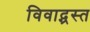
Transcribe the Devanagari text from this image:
विवाद्ग्रस्त